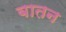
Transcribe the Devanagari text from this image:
बातन